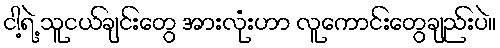
ငါ့ရဲ့ သူငယ်ချင်းတွေ အားလုံးဟာ လူကောင်းတွေချည်းပဲ။